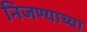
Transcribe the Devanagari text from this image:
निजण्याच्या